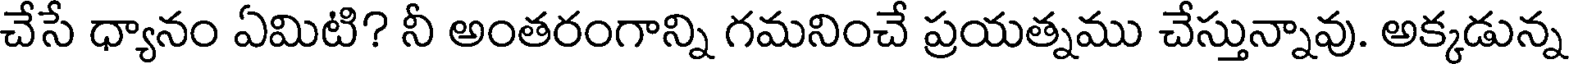
చేసే ధ్యానం ఏమిటి? నీ అంతరంగాన్ని గమనించే ప్రయత్నము చేస్తున్నావు. అక్కడున్న